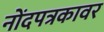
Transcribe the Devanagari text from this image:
नोंदपत्रकावर